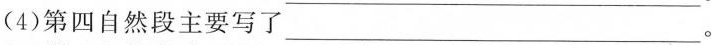
(4)第四自然段主要写了___。